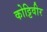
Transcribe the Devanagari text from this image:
कोट्टिवीर